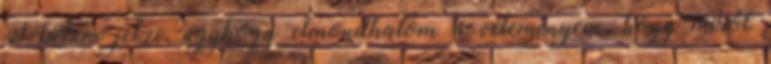
T betűm jelzi, úgyhogy elmondhatom a véleményem, hogy miről